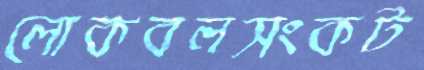
লোকবলসংকট